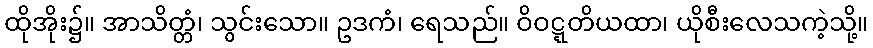
ထိုအိုး၌။ အာသိတ္တံ၊ သွင်းသော။ ဥဒကံ၊ ရေသည်။ ဝိဝဋ္ဋတိယထာ၊ ယိုစီးလေသကဲ့သို့။